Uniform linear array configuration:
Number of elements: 32
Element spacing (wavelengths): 0.5
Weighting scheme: hamming
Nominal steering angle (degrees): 15
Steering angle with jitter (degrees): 13.556
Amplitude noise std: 0.05
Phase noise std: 0.05

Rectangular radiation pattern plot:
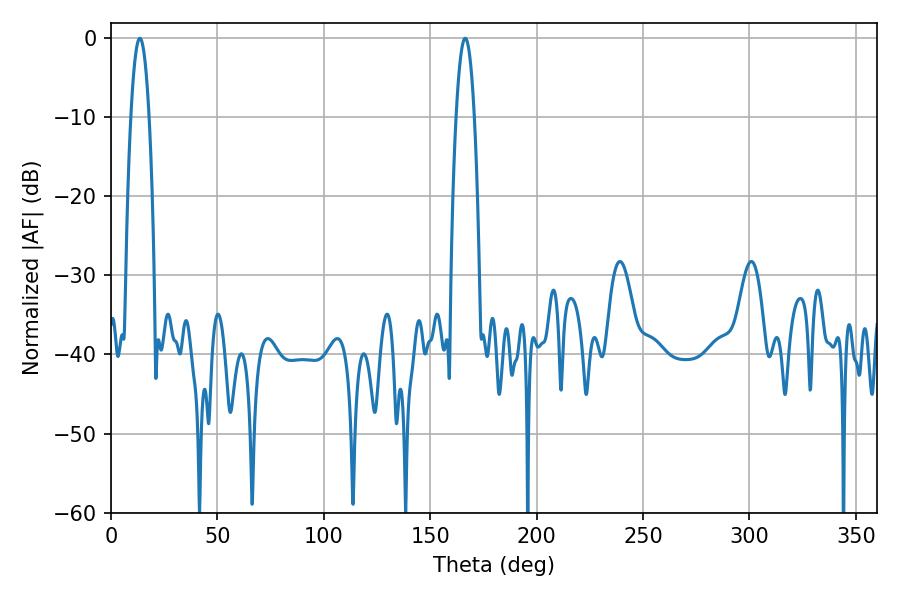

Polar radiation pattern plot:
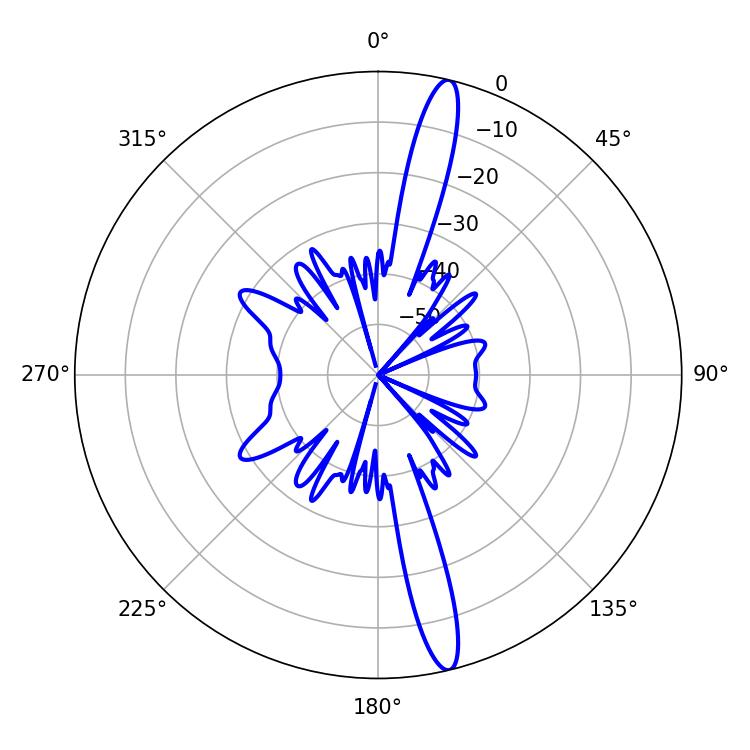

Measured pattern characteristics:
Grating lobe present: FALSE
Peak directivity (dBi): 16.842
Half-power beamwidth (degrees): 4.68
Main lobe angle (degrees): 13.5